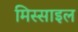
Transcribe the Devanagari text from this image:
मिस्साइल